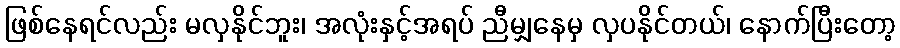
ဖြစ်နေရင်လည်း မလှနိုင်ဘူး၊ အလုံးနှင့်အရပ် ညီမျှနေမှ လှပနိုင်တယ်၊ နောက်ပြီးတော့